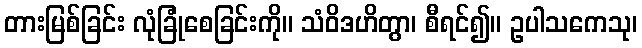
တားမြစ်ခြင်း လုံခြုံစေခြင်းကို။ သံဝိဒဟိတွာ၊ စီရင်၍။ ဥပါသကေသု၊